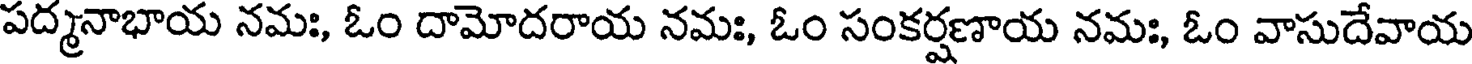
పద్మనాభాయ నమః, ఓం దామోదరాయ నమః, ఓం సంకర్షణాయ నమః, ఓం వాసుదేవాయ